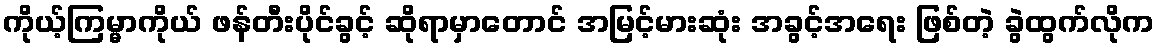
ကိုယ့်ကြမ္မာကိုယ် ဖန်တီးပိုင်ခွင့် ဆိုရာမှာတောင် အမြင့်မားဆုံး အခွင့်အရေး ဖြစ်တဲ့ ခွဲထွက်လိုက